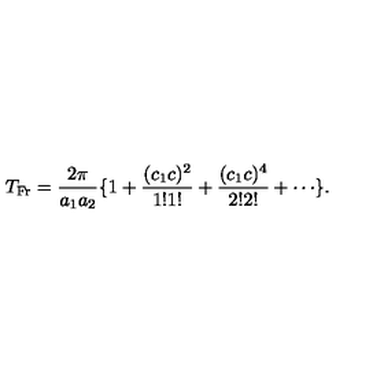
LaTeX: T _ { \mathrm { F r } } = \frac { 2 \pi } { a _ { 1 } a _ { 2 } } \{ 1 + \frac { ( c _ { 1 } c ) ^ { 2 } } { 1 ! 1 ! } + \frac { ( c _ { 1 } c ) ^ { 4 } } { 2 ! 2 ! } + \cdots \} .